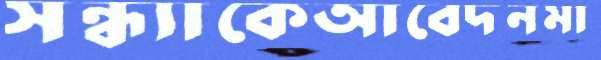
সন্ধ্যাকেআবেদনমা